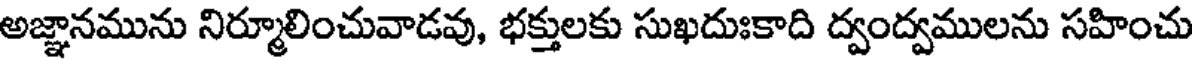
అజ్ఞానమును నిర్మూలించువాడవు, భక్తులకు సుఖదుఃకాది ద్వంద్వములను సహించు